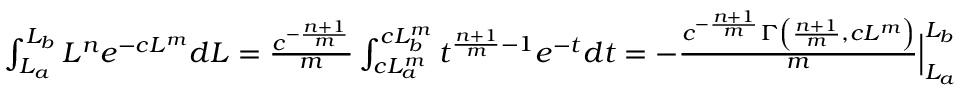
\begin{array} { r } { \int _ { L _ { a } } ^ { L _ { b } } L ^ { n } e ^ { - c L ^ { m } } d L = \frac { c ^ { - \frac { n + 1 } { m } } } { m } \int _ { c L _ { a } ^ { m } } ^ { c L _ { b } ^ { m } } t ^ { \frac { n + 1 } { m } - 1 } e ^ { - t } d t = - \frac { c ^ { - \frac { n + 1 } { m } } \Gamma \left( \frac { n + 1 } { m } , c L ^ { m } \right) } { m } \Big | _ { L _ { a } } ^ { L _ { b } } } \end{array}